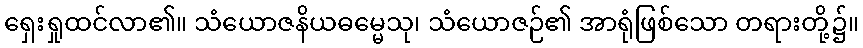
ရှေးရှုထင်လာ၏။ သံယောဇနိယဓမ္မေသု၊ သံယောဇဉ်၏ အာရုံဖြစ်သော တရားတို့၌။